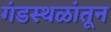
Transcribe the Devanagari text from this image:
गंडस्थळांतून